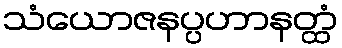
သံယောဇနပ္ပဟာနတ္ထံ